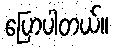
ပြောပါတယ်။